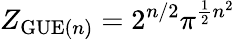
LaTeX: Z_{{\mathrm{GUE}}(n)}=2^{n/2}\pi^{{\frac{1}{2}}n^{2}}